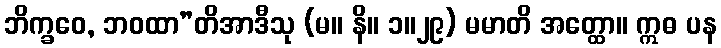
ဘိက္ခဝေ, ဘဝထာ”တိအာဒီသု (မ။ နိ။ ၁။၂၉) မမာတိ အတ္ထော။ ဣဓ ပန